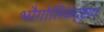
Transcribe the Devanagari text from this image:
भौगोलिकदृष्टया